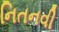
નિતનવી